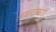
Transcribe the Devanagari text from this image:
वजनाप्रमाणें